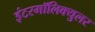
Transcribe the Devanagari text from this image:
इंटरमॉलिक्युलर